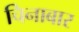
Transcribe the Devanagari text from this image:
चिनाबार